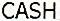
CASH